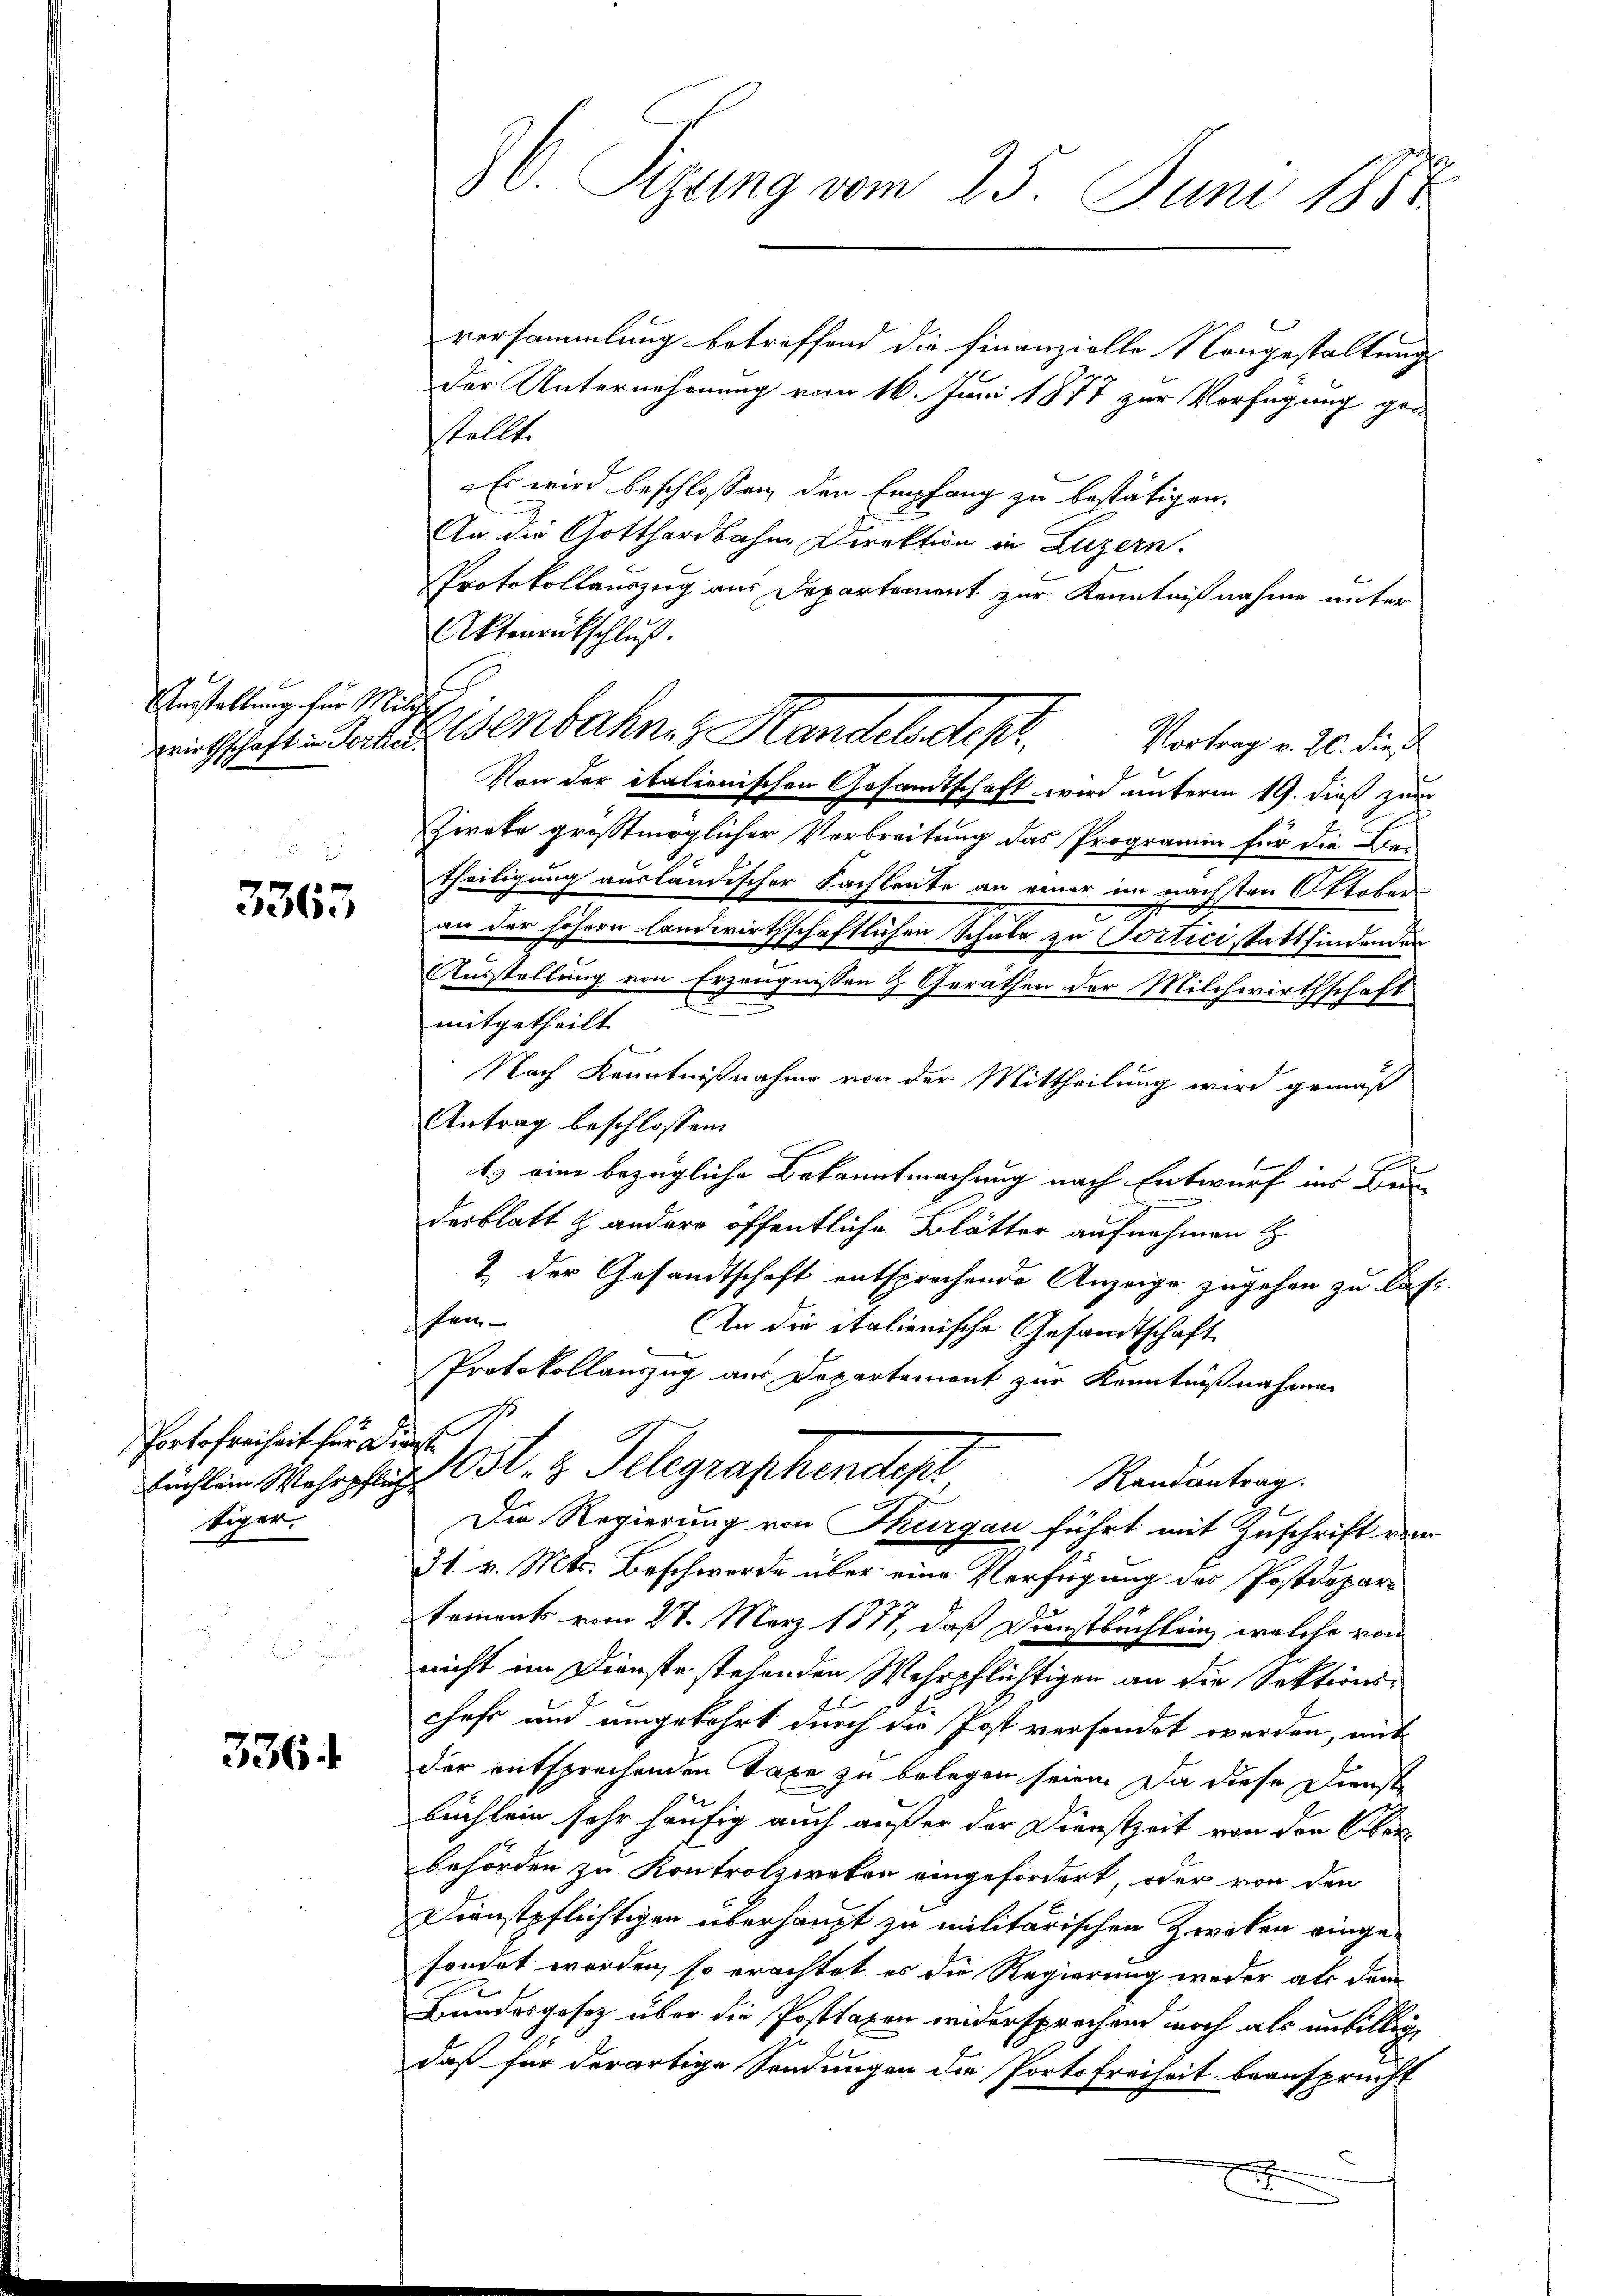
Verstellung für Milche

3363.

Portofreiheit für Dienst
tiger.

3364

86. Sizung vom 25. Juni 1882

versammlung betreffend die Finanzielle Nongestaltung
der Unternehmung vom 16. Juni 1877 zur Verfügung gestellte
Es wird beschlossen den Empfang zu bestätigen.
An die Gotthardbahne Direktion in Luzern.
Protokollauszug aus Departement zur Kenntnißnahme unter
Aktenrutschluß.
Vortrag v. 20. die
Von der italienischen Gesandtschaft wird unterm 19. dieß zur
Zirate großtmöglicher Verbreitung das Programin für die Bei
Theiligung ausländischer Sachleute an einer im nächsten Oktober¬
.
an der höhern landwirthschaftlichen Schule zu Portici stattfindenden
Ausstellung von Erzeugnissen & Gerathen der Milchwirthschaft
mitgetheilt
Nach Kenntnißnahme von der Mittheilung wird gemäß
Antrag beschlossen.
ls eine bezügliche Bekanntmachung nach Entwurf ins Bun
desblatt & andere öffentliche Blätter aufnehmen
1. Der Gesandtschaft entsprochende Anzeige zugehen zu lasshen
An die italienische Gesandtschaft
Protokollauszug aus Departement zur Kenntnißnahme
Eüchlein Wehrpfli l. z. Telegraphendepr
Randantrag.
Die Regierung von Thurgau führt mit Zuschrift vom
31. v. Mts. Beschwerde über eine Verfügung des Postdepartements vom 27. März 1877, daß Dunstbuchlein, welche vom
nicht im Dienste stehenden Wehrpflichtigen an die Sektionschefs und umgekehrt durch die Post versendet werden, mit
der entsprechenden Taxe zu belegen seien. Da diese Dienst
büchlein sehr häufig auch außer der Dienstzeit von den Oberbehörden zu Kontrolzireten eingefordert, oder von den
Dienstpflichtigen überhaupt zu militärischen Zweken einge-
sondet werden, so erachtet es die Regierung weder als dem
Bundesgesetz über die Posttaxen widersprechend noch als unbillige
daß für derartige Sendungen die Portofreiheit beansprucht
x
e

wirtschaft Torte Genbahnen Handels dep